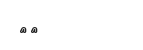
١٠